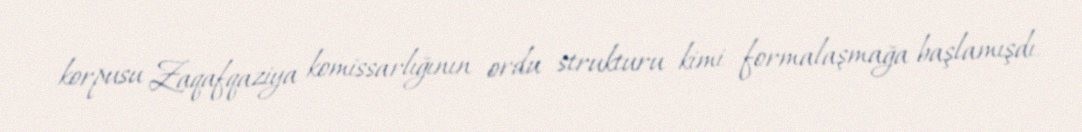
korpusu Zaqafqaziya komissarlığının ordu strukturu kimi formalaşmağa başlamışdı.